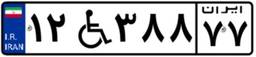
۱۲W۳۸۸۷۷